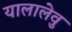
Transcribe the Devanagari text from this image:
यालालेवु